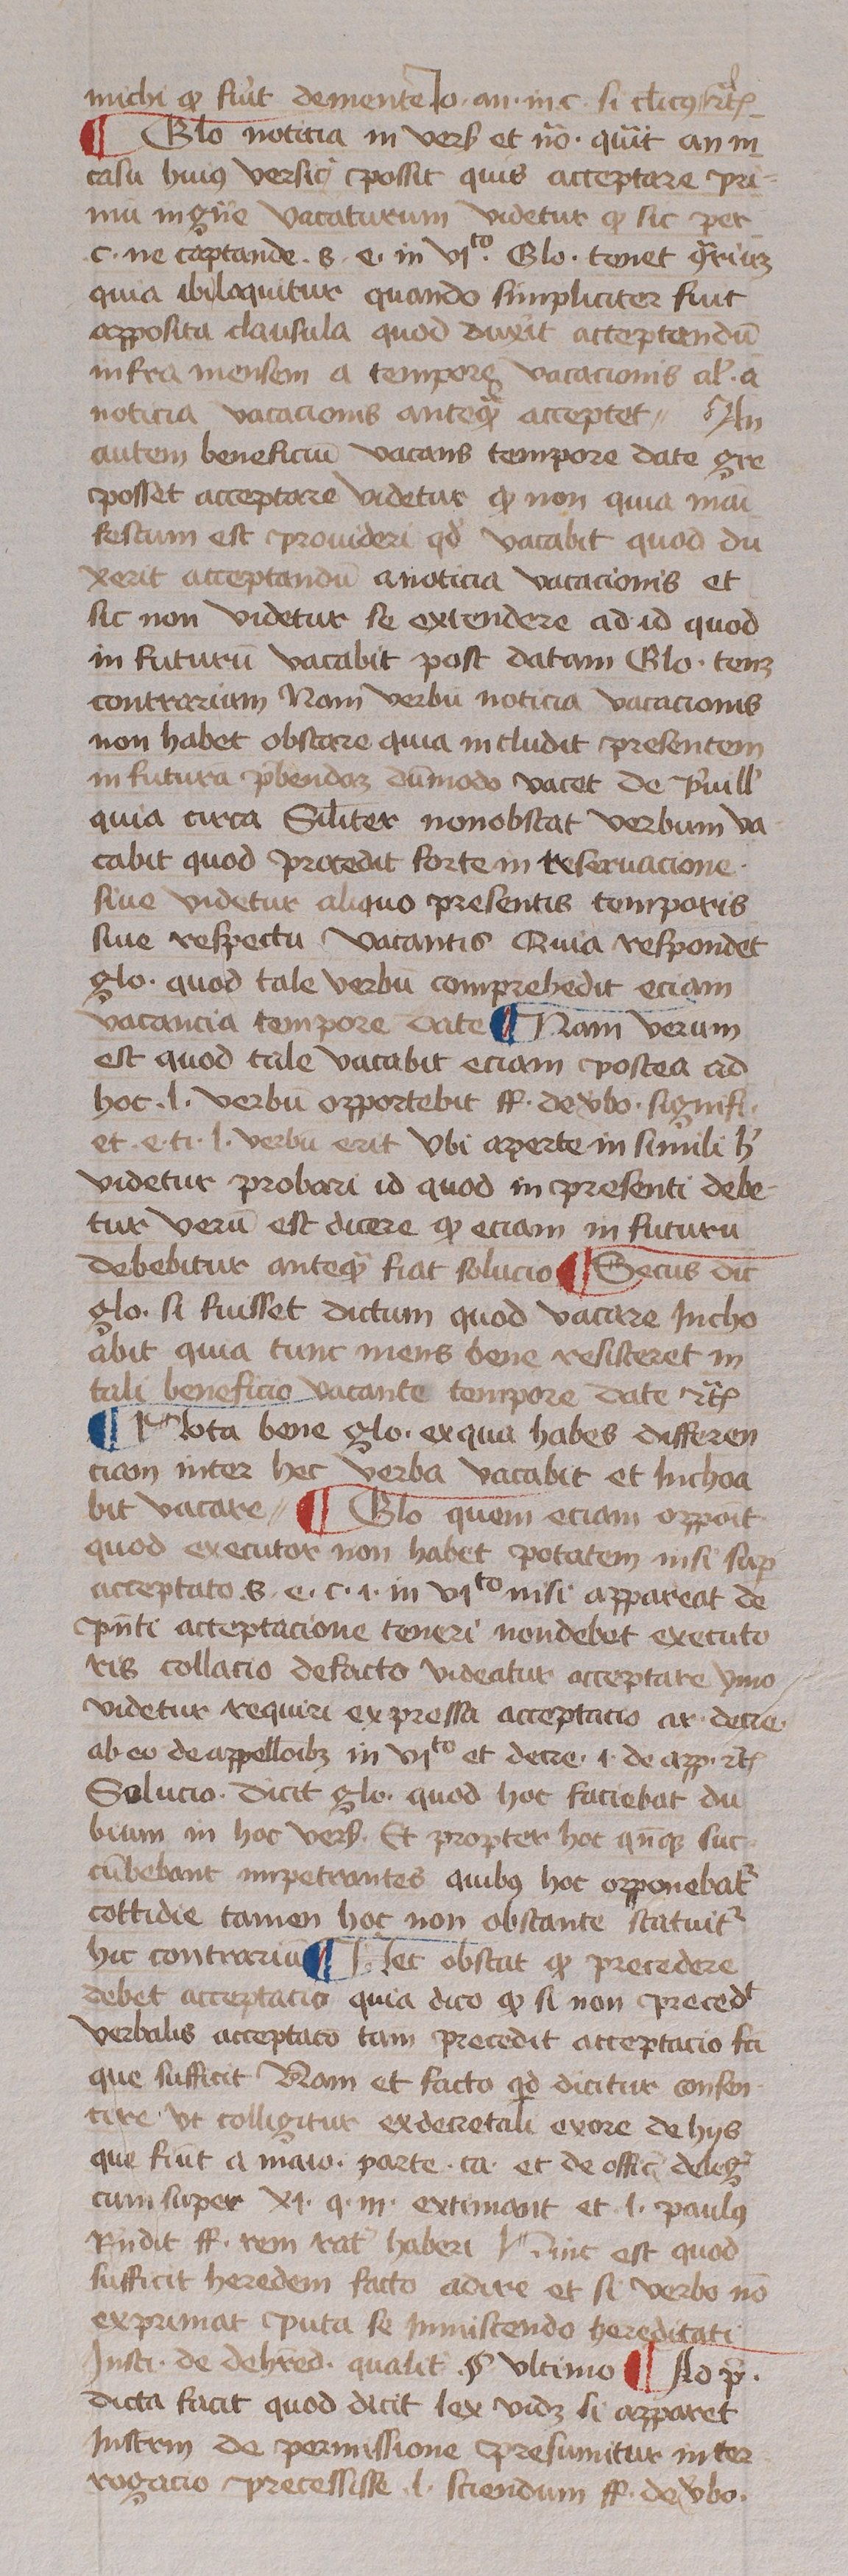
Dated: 1433–1465